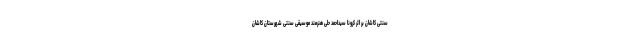
سنتی کاشان بر اثر کرونا سیداحمد حلی هنرمند موسیقی سنتی شهرستان کاشان